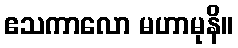
ဧသကာလော မဟာမုနိ။